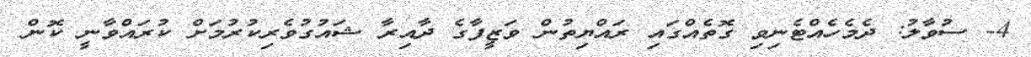
4- ސުވާލު: ދެމެހެއްޓެނިވި ގޮތެއްގައި ރައްޔިތުން ވަޒީފާގެ ދާއިރާ ޝައުގުވެރިކުރުމަށް ކުރައްވާނީ ކޮން